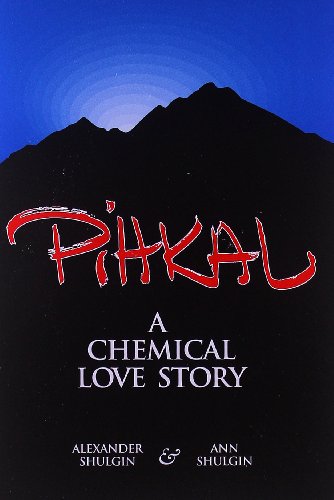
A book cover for Pihkal: A Chemical Love Story; Alexander Shulgin; Humor & Entertainment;